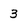
Character: 3